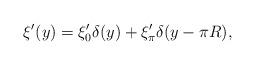
LaTeX: \begin{align*}\xi'(y) = \xi'_0 \delta (y) + \xi'_\pi \delta (y-\pi R),\end{align*}